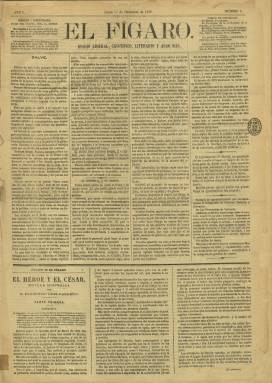
Título: El Fígaro (Madrid. 1879)
Colección: Periódicos
Ámbito geográfico: Madrid
Lugar de publicación: Madrid
Fechas: 01/12/1879-29/06/1883

Aparece el uno de diciembre de 1879 como “diario liberal, científico, literario y algo más” –como índica su subtítulo-, formando parte de los sectores del “liberalismo” que en el primer sexenio de la Restauración están reformulándose. En este caso, en el saludo de su primer número mostrará una particular simpatía por el “progresismo” que había encarnado durante el Sexenio Democrático el Partido Constitucional de Práxedes Mateo Sagasta (1825-1903), que en 1880 fundará el nuevo Partido Liberal Fusionista, para iniciar el “turnismo” con su primer gobierno (1881-1883). Como periódico de la oposición, cuando forme parte de la Liga de la Prensa, en 1880, es encuadrado entre los periódicos “demócratas”.

Será un periódico vespertino, que aparecía todos los días (para después dejar de hacerlo los domingos), formalmente típico entre los noticiosos, de cuatro páginas y compuesto a cuatro columnas, que es estampado en la Imprenta de Fortanet y después en las de José de Rojas y Alfredo Alfonso, sin indicación de quien pudiera dirigirlo o cuáles podrían ser sus redactores. Uno de ellos fue José Zahonero, que a los pocos días abandonó su redacción.

Durante un par de meses editará cada domingo una Hoja literaria, dirigida por Francisco Cañamaque (1851-1891), quien seguidamente abandonará su redacción, y en la que aparecen artículos de Ricardo Parreño y Valcárcel, Armando Palacio Valdés, Nicolás Díaz y Pérez, V. Moreno de la Tejera, A. García López, M. de Llano Persi, E. Gómez Ortiz, P. Picatoste o Martín Ferreiro. A partir del domingo, 25 de enero de 1880 (número 55), sustituye las dos páginas de la Hoja literaria, por un suplemento similar, que ahora titula Fígaro en broma, y después Fígaro en domingo.

Publica editoriales o artículos de fondo, crónicas parlamentarias y de sus corresponsales en provincias o en capitales europeas, como París, noticias, despachos telegráficos de la Agencia Fabra, folletín, boletines religioso y meteorológico, cartelera de espectáculos, las secciones Última hora y Diversiones, cotizaciones de la Bolsa de Madrid, una Revista hípica y anuncios comerciales en su última plana. Llegará a publicar también una Revista de la semana, firmada bajo el seudónimo El Conde de Almaviva.

Sufrirá la restrictiva ley de imprenta promulgada en enero de 1879, como tantos periódicos del periodo, y en menos de cinco meses de vida había sido denunciado hasta siete veces por la autoridad gubernativa y dos veces condenado, como lo fue su número 26, del 27 de diciembre de 1879, y algún otro llegará a ser secuestrado.

A partir de su entrega 656, correspondiente al 29 de mayo de 1882, cambia de propiedad, de lugar de redacción y modifica el subtítulo, siendo a partir de entonces “diario liberal-conservador”, aunque no se publicará regularmente todos los días, expresando en ese número el carácter demócrata templado y conservador que había asumido, adscribiéndose a partir de entonces a este partido. El último número de este título en la colección de la Biblioteca Nacional de España (BNE) es el 772, correspondiente al 29 de junio de 1883, desconociéndose si llegó a publicar algunos más.

Entre 1918 y 1920 volverá a publicarse en Madrid con este mismo título un diario gráfico de información, en entregas de una veintena de páginas profusamente ilustradas con fotografías. Aunque bajo la cabecera de su última página indique “segunda época”, se trata de un periódico completamente distinto, fundado y propiedad de los empresarios Manuel Allende y José María de Boet, y dirigido por el hermano de éste, Andrés de Boet, que también forma parte de la colección de la BNE.